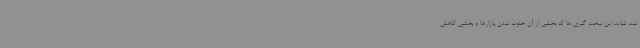
شد. شاید این سخت گیری ها که بخشی از آن خلوت شدن بازارها و بخشی کاهش